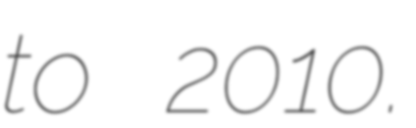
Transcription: to 2010.